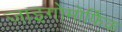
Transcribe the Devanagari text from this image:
जाइगोमोर्फिक